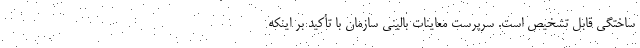
ساختگی قابل تشخیص است. سرپرست معاینات بالینی سازمان با تأکید بر اینکه